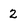
Character: 2